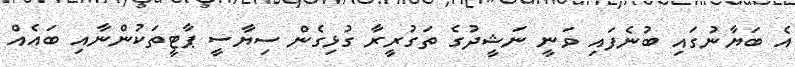
އެ ބަޔާނުގައި ބުނެފައި ވަނީ ނަޝީދުގެ ތަގުރީރާ ގުޅިގެން ސިޔާސީ ޕާޓީތަކުންނާއި ބައެއް